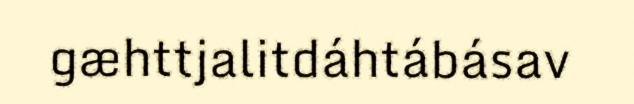
gæhttjalitdáhtábásav